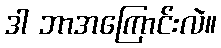
ဒါ ဘာအကြောင်းလဲ။